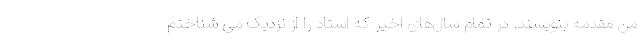
من مقدمه بنویسند. در تمام سال‌های اخیر که استاد را از نزدیک می شناختم